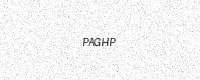
Text: PAGHP